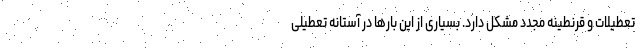
تعطیلات و قرنطینه مجدد مشکل دارد. بسیاری از این بارها در آستانه تعطیلی